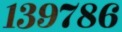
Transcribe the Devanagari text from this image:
१३९७८६